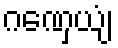
ဂဏှေယျံ